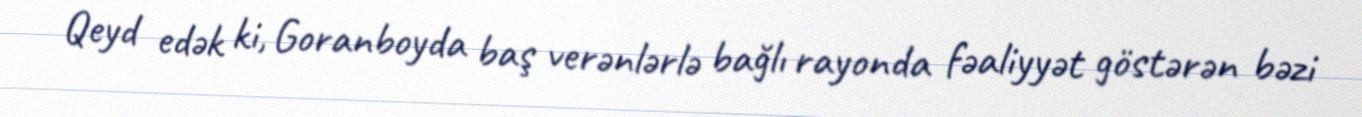
Qeyd edək ki, Goranboyda baş verənlərlə bağlı rayonda fəaliyyət göstərən bəzi